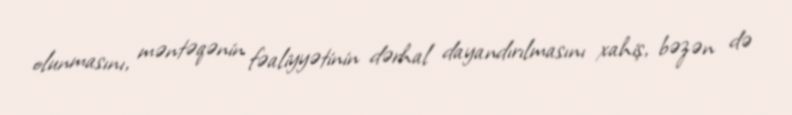
olunmasını, məntəqənin fəaliyyətinin dərhal dayandırılmasını xahiş, bəzən də